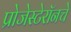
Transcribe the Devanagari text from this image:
प्रोजेस्टेरॉनचे